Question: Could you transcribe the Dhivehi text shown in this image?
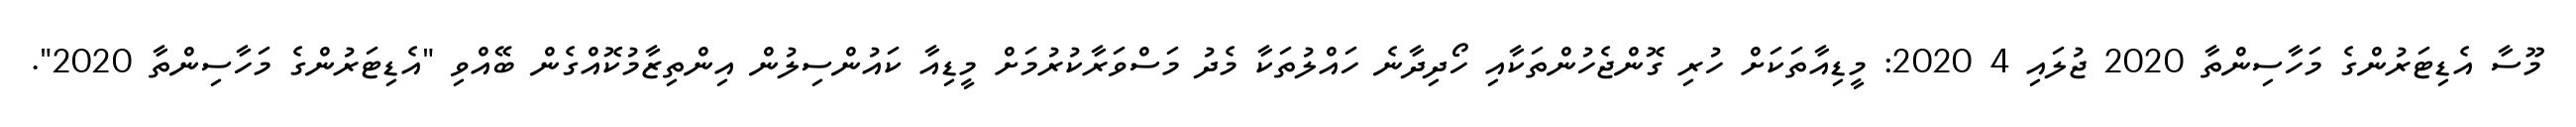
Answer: މޫސާ އެޑިޓަރުންގެ މަހާސިންތާ 2020 ޖުލައި 4 2020: މީޑިއާތަކަށް ހުރި ގޮންޖެހުންތަކާއި ހޯދިދާނެ ހައްލުތަކާ މެދު މަސްވަރާކުރުމަށް މީޑިއާ ކައުންސިލުން އިންތިޒާމުކޮއްގެން ބޭއްވި "އެޑިޓަރުންގެ މަހާސިންތާ 2020".